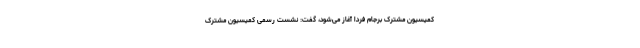
کمیسیون مشترک برجام فردا آغاز می‌شود، گفت: نشست رسمی کمیسیون مشترک